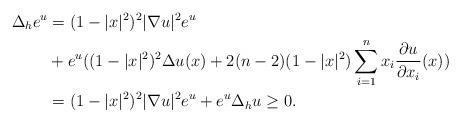
LaTeX: \begin{align*}\Delta_h e^u &= (1-|x|^2)^2 |\nabla u|^2 e^u \\&+ e^u((1-|x|^2)^2\Delta u(x)+2(n-2)(1-|x|^2)\sum_{i=1}^{n} x_{i} \frac{\partial u}{\partial x_{i}}(x))\\&=(1-|x|^2)^2 |\nabla u|^2 e^u +e^u \Delta_h u\ge 0.\end{align*}